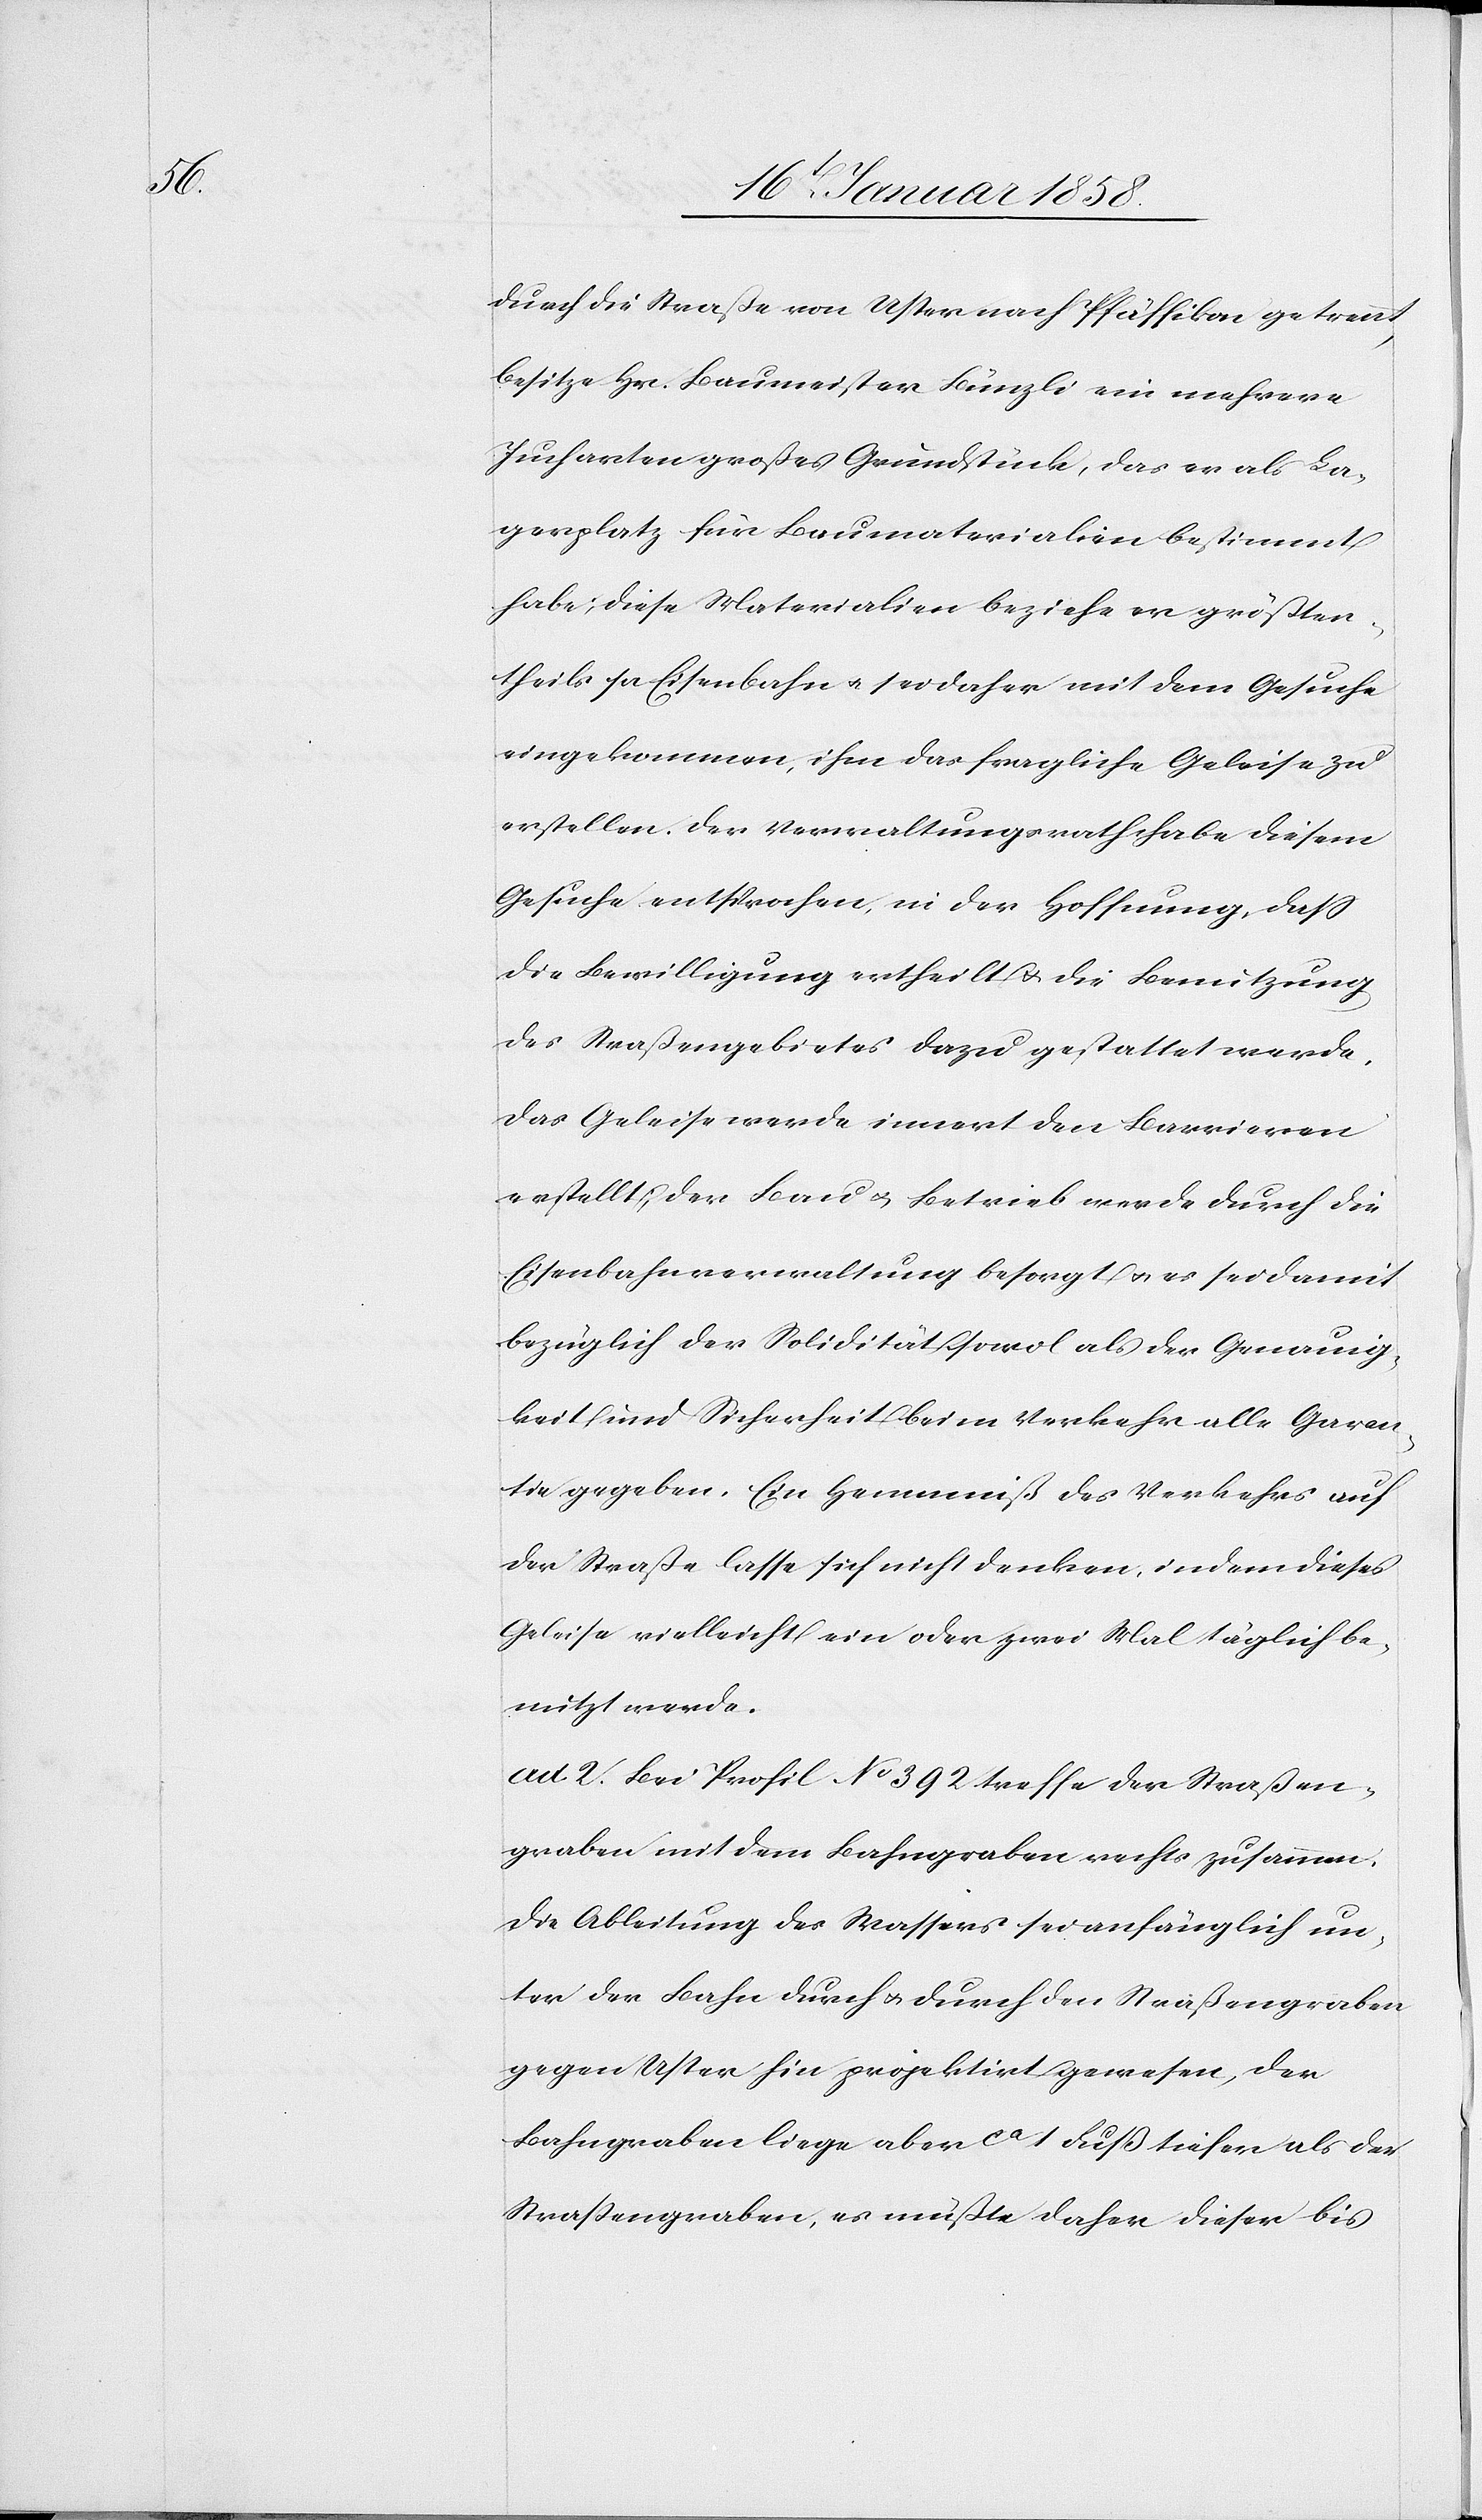
durch die Straße von Uster nach Pfäffikon getrennt,
besitze Hr. Baumeister Künzli ein mehrere
Jucharten großes Grundstück, das er als La¬
gerplatz für Baumaterialien bestimmt
habe; diese Materialien beziehe er größten¬
theils per Eisenbahn u. sei daher mit dem Gesuche
eingekommen, ihm das fragliche Geleise zu
erstellen. Der Verwaltungsrath habe diesem
Gesuche entsprochen, in der Hoffnung, daß
die Bewilligung ertheilt u. die Benutzung
des Straßengebietes dazu gestattet werde.
Das Geleise werde innert den Barrieren
erstellt; der Bau u. Betrieb werde durch die
Eisenbahnverwaltung besorgt u. es sei damit
bezüglich der Solidität sowol als der Genauig¬
keit und Sicherheit beim Verkehr alle Garan¬
tie gegeben. Ein Hemmniß des Verkehrs auf
der Straße lasse sich nicht denken, indem dieses
Geleise vielleicht ein oder zwei Mal täglich be¬
nutzt werde.
ad 2. Bei Profil No 392 treffe der Straßen¬
graben mit dem Bahngraben rechts zusammen.
Die Ableitung des Wassers sei anfänglich un¬
ter der Bahn durch u. durch den Straßengraben
gegen Uster hin projektirt gewesen, der
Bahngraben liege aber ca 1 Fuß tiefer als der
Straßengraben, es müßte daher dieser bis